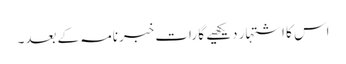
اس کا اشتہار دیکھیے گا رات خبرنامہ کے بعد۔